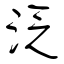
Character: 泛